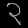
Digit: ၃